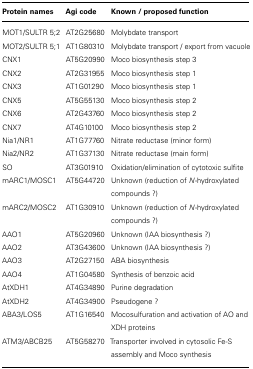
<table><thead><tr><td><b>Protein names</b></td><td><b>Agi code</b></td><td><b>Known / proposed function</b></td></tr></thead><tbody><tr><td>MOT1/SULTR 5;2</td><td>AT2G25680</td><td>Molybdate transport</td></tr><tr><td>MOT2/SULTR 5;1</td><td>AT1G80310</td><td>Molybdate transport / export from vacuole</td></tr><tr><td>CNX1</td><td>AT5G20990</td><td>Moco biosynthesis step 3</td></tr><tr><td>CNX2</td><td>AT2G31955</td><td>Moco biosynthesis step 1</td></tr><tr><td>CNX3</td><td>AT1G01290</td><td>Moco biosynthesis step 1</td></tr><tr><td>CNX5</td><td>AT5G55130</td><td>Moco biosynthesis step 2</td></tr><tr><td>CNX6</td><td>AT2G43760</td><td>Moco biosynthesis step 2</td></tr><tr><td>CNX7</td><td>AT4G10100</td><td>Moco biosynthesis step 2</td></tr><tr><td>Nia1/NR1</td><td>AT1G77760</td><td>Nitrate reductase (minor form)</td></tr><tr><td>Nia2/NR2</td><td>AT1G37130</td><td>Nitrate reductase (main form)</td></tr><tr><td>SO</td><td>AT3G01910</td><td>Oxidation/elimination of cytotoxic sulfite</td></tr><tr><td>mARC1/MOSC1</td><td>AT5G44720</td><td>Unknown (reduction of <i>N</i>-hydroxylated compounds ?)</td></tr><tr><td>mARC2/MOSC2</td><td>AT1G30910</td><td>Unknown (reduction of <i>N</i>-hydroxylated compounds ?)</td></tr><tr><td>AAO1</td><td>AT5G20960</td><td>Unknown (IAA biosynthesis ?)</td></tr><tr><td>AAO2</td><td>AT3G43600</td><td>Unknown (IAA biosynthesis ?)</td></tr><tr><td>AAO3</td><td>AT2G27150</td><td>ABA biosynthesis</td></tr><tr><td>AAO4</td><td>AT1G04580</td><td>Synthesis of benzoic acid</td></tr><tr><td>AtXDH1</td><td>AT4G34890</td><td>Purine degradation</td></tr><tr><td>AtXDH2</td><td>AT4G34900</td><td>Pseudogene ?</td></tr><tr><td>ABA3/LOS5</td><td>AT1G16540</td><td>Mocosulfuration and activation of AO and XDH proteins</td></tr><tr><td>ATM3/ABCB25</td><td>AT5G58270</td><td>Transporter involved in cytosolic Fe-S assembly and Moco synthesis</td></tr></tbody></table>